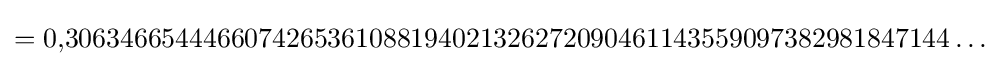
=0{,}3063466544466074265361088194021326272090461143559097382981847144\ldots